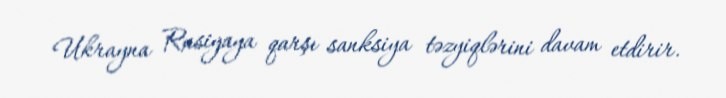
Ukrayna Rusiyaya qarşı sanksiya təzyiqlərini davam etdirir.